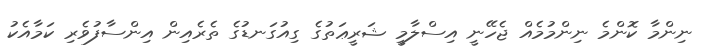
ނިންމާ ކޮންމެ ނިންމުމެއް ޖެހޭނީ އިސްލާމީ ޝަރީޢަތުގެ ގިއުގަނޑުގެ ތެރެއިން އިންސާފުވެރި ކަމާއެކު